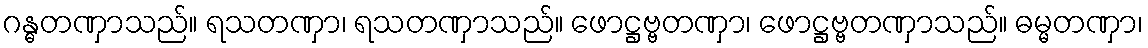
ဂန္ဓတဏှာသည်။ ရသတဏှာ၊ ရသတဏှာသည်။ ဖောဋ္ဌဗ္ဗတဏှာ၊ ဖောဋ္ဌဗ္ဗတဏှာသည်။ ဓမ္မတဏှာ၊